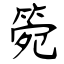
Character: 箢